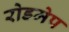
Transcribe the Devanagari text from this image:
रोडमेप